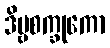
ဒိဗ္ဗစက္ခုကော